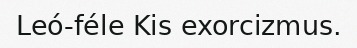
Leó-féle Kis exorcizmus.